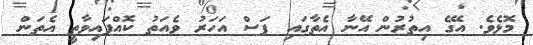
މޮޅެވެ. އޭގެ އިތުރުން އޭނާ އެތާގައި ފަސް އަހަރު ވެއަތު ކޮއްފައިވާތީ އެތަން